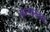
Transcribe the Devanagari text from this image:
कॅनबेरनचा